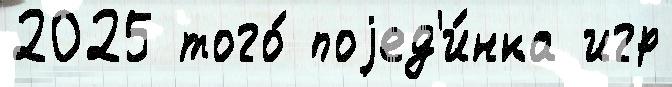
2025 того́ поjед'и́нка игр